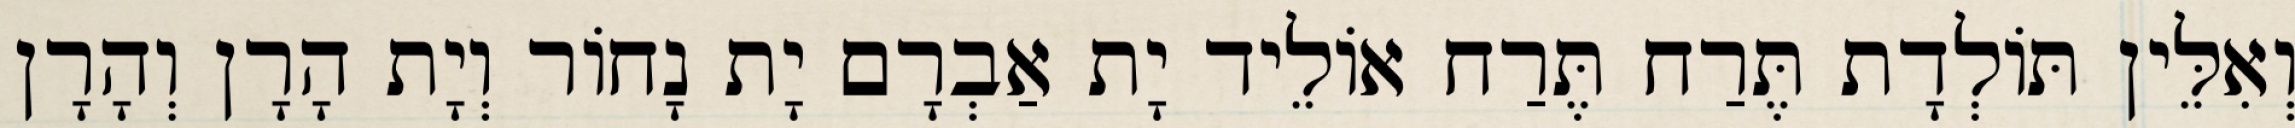
וְאִלֵּין תּוֹלְדָת תֶּרַח תֶּרַח אוֹלֵיד יָת אַבְרָם יָת נָחוֹר וְיָת הָרָן וְהָרָן